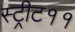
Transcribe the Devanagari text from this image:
स्ट्रीट११